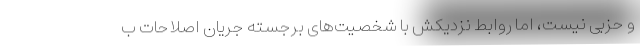
و حزبی نیست، اما روابط نزدیکش با شخصیت‌های برجسته جریان اصلاحات ب